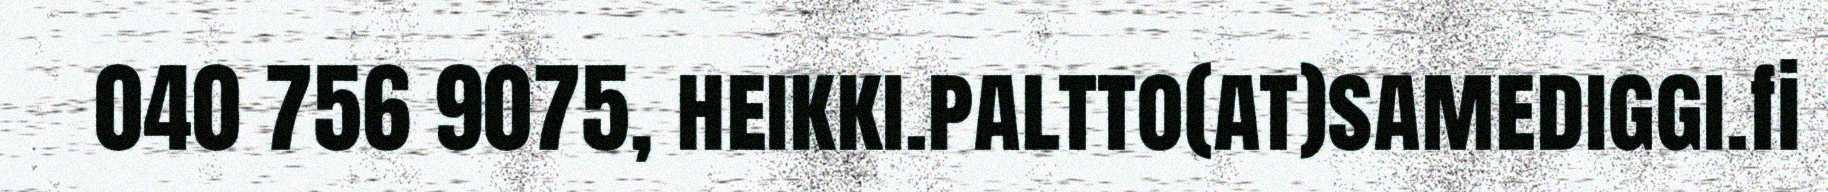
040 756 9075, heikki.paltto(at)samediggi.fi